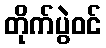
တိုက်ပွဲဝင်